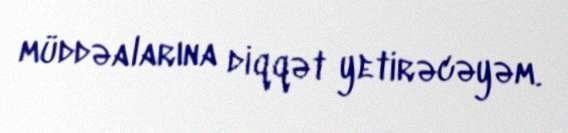
müddəalarına diqqət yetirəcəyəm.